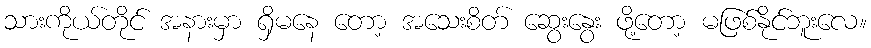
သားကိုယ်တိုင် အနားမှာ ရှိမနေ တော့ အသေးစိတ် ဆွေးနွေး ဖို့တော့ မဖြစ်နိုင်ဘူးလေ။